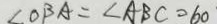
\angle O B A = \angle A B C = 6 0